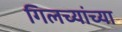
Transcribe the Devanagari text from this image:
गिलच्यांच्या